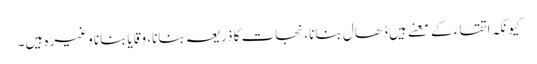
کیونکہ اتقاء کے معنے ہیں ڈھال بنانا، نجات کا ذریعہ بنانا، وِقَایابنانا وغیرہ ہیں۔